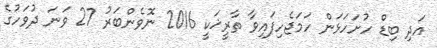
އަދި ބިޑް ހުށަހަޅަން ހަމަޖެހިފައިވާ ތާރީޚަކީ 2016 ނޮވެންބަރު 27 ވަނަ ދުވަހުގެ